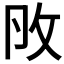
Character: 𢻮